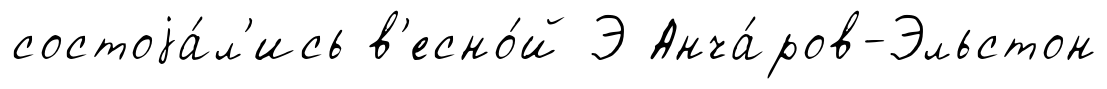
состоjа́л'ись в'есно́й Э Анча́ров-Эльстон